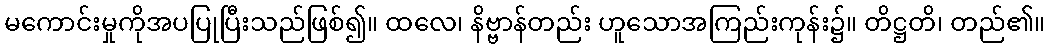
မကောင်းမှုကိုအပပြုပြီးသည်ဖြစ်၍။ ထလေ၊ နိဗ္ဗာန်တည်း ဟူသောအကြည်းကုန်း၌။ တိဋ္ဌတိ၊ တည်၏။